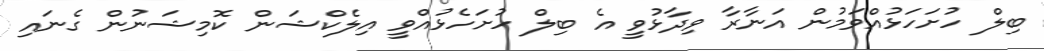
ބިލް ހުށަހަޅުއްވަމުން އަނާރާ ވިދާޅުވީ އެ ބިލް ހުށަހެޅުއްވީ އިލެކްޝަން ކޮމިޝަނުން ގެނައި